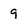
Character: 9